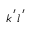
k ^ { \, ^ { \prime } } l ^ { \, ^ { \prime } }